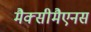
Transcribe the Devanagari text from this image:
मैक्सीमैएनस